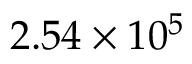
2 . 5 4 \times 1 0 ^ { 5 }